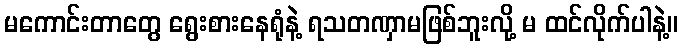
မကောင်းတာတွေ ရွေးစားနေရုံနဲ့ ရသတဏှာမဖြစ်ဘူးလို့ မ ထင်လိုက်ပါနဲ့။